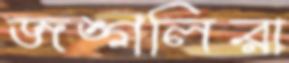
জঙ্গলিরা